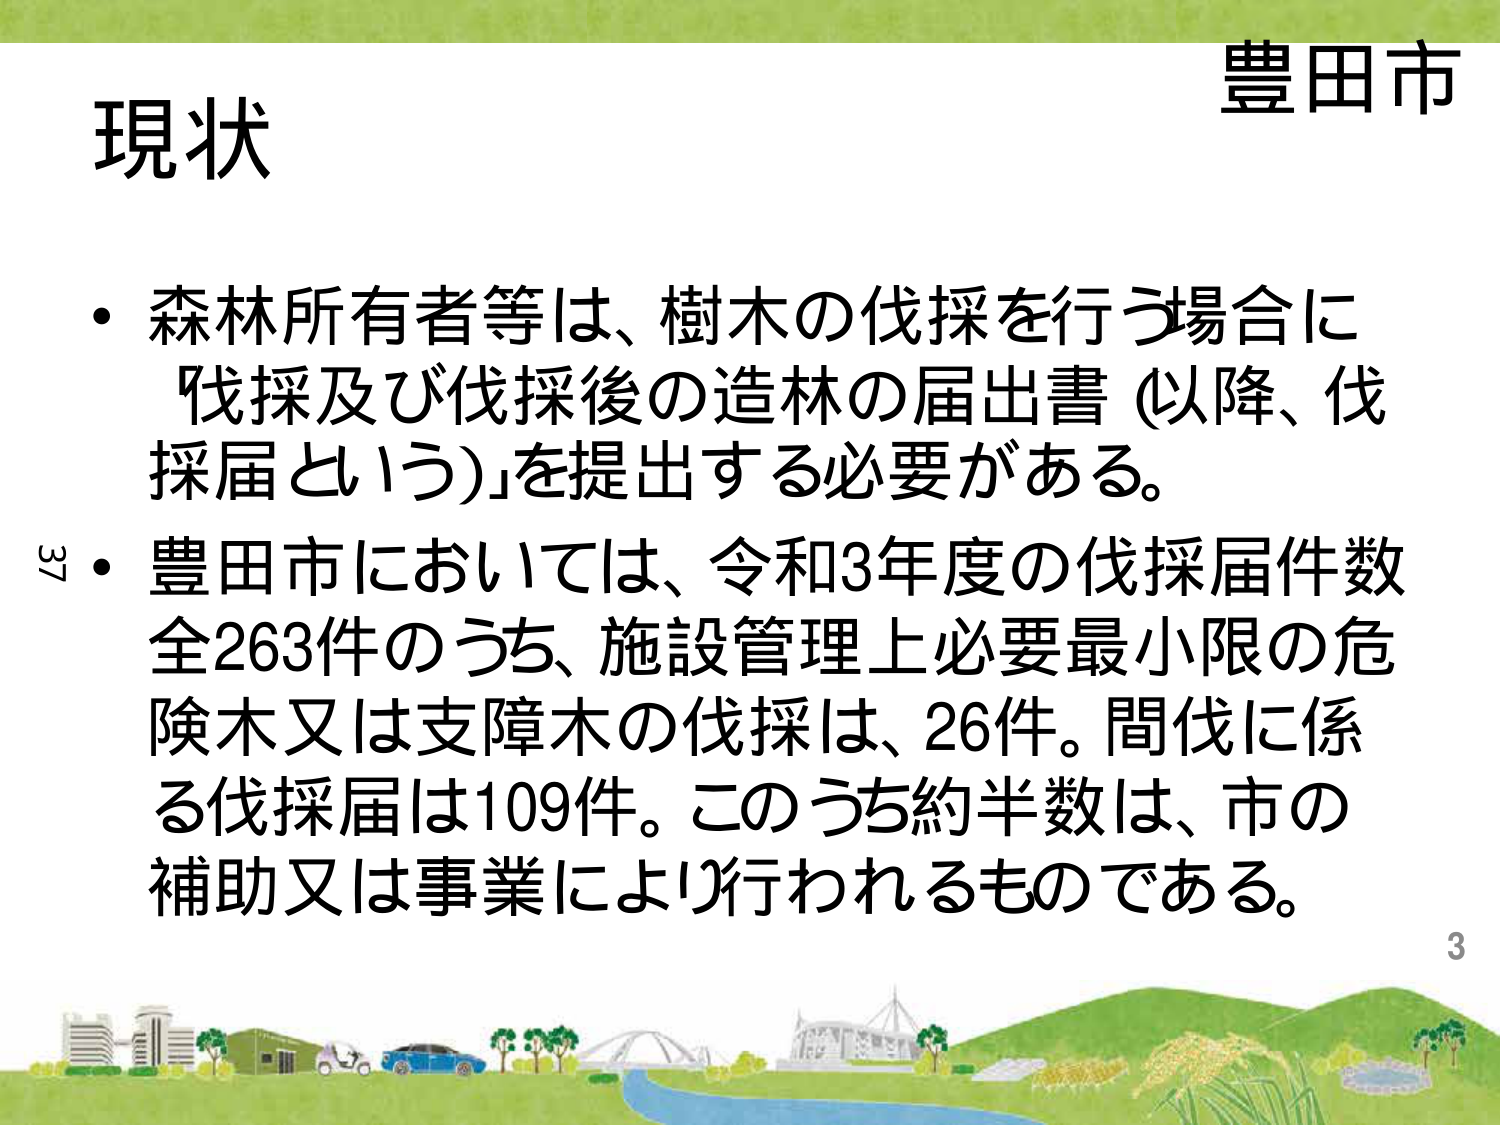
豊田市
現状
・森林所有者等は、樹木の伐採を行う場合に「伐採及び伐採後の造林の届出書（以降、伐採届という）」を提出する必要がある。
・豊田市においては、令和3年度の伐採届件数全263件のうち、施設管理上必要最小限の危険木又は支障木の伐採は、26件。間伐に係る伐採届は109件。このうち約半数は、市の補助又は事業により行われるものである。
37
3